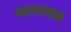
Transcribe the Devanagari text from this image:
वाणगाव